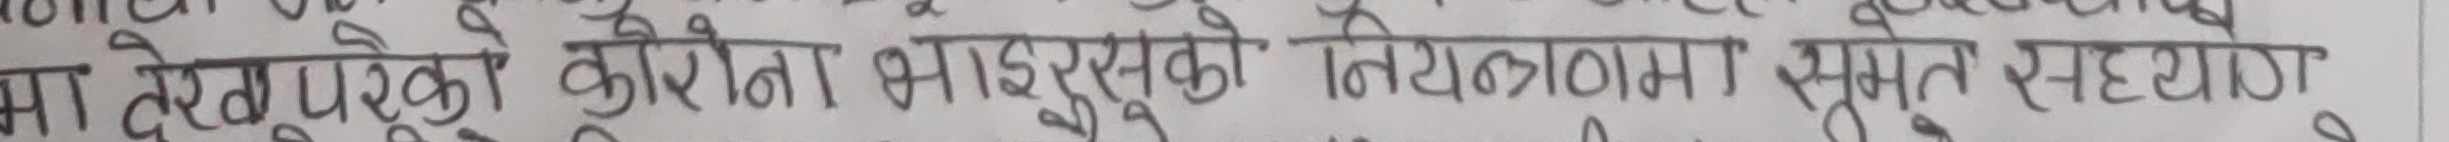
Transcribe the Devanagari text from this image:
मा देखेको कोरोना भाईरसको नियन्त्रणमा स्मूत सहयोग